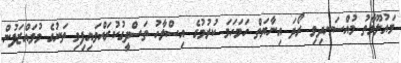
މައުލޫމާތު މުއްސަނދިވި ރޯދަ އިނާޔަތް ހަމަހަމަ ކުރުމުގެ އިސްލާހު ތަސްދީގުކުރައްވައިފިމި ތަނުގެ މުވައްޒަފުން